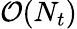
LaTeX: \mathcal{O}(N_{t})